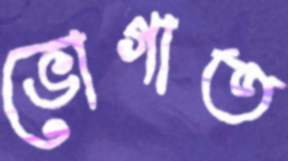
ভোগাত